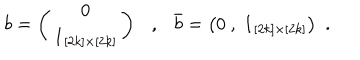
LaTeX: b = \left( \begin{matrix} { { 0 } } \\ { { { \bf 1 } _ { [ 2 k ] \times [ 2 k ] } } } \\ \end{matrix} \right) , \bar { b } = \big ( 0 \ , \ { \bf 1 } _ { [ 2 k ] \times [ 2 k ] } \big ) ~ ~ .